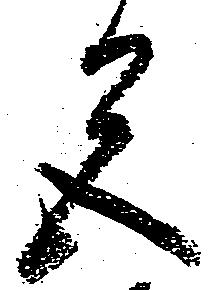
色